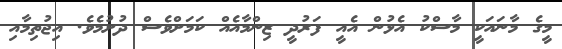
މީގެ މާނައަކީ މާސްކު އެޅުން އެއީ ފަރުދީ ޒިންމާއެއް ކަމަށްވެސް ދުށުމެވެ. އިޖުތިމާއި